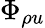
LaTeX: \Phi_{\rho u}